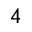
_ 4